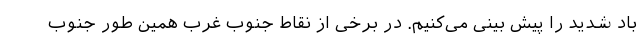
باد شدید را پیش بینی می‌کنیم. در برخی از نقاط جنوب غرب همین طور جنوب